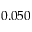
0 . 0 5 0